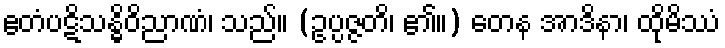
ဧတံပဋိသန္ဓိဝိညာဏံ၊ သည်။ (ဥပ္ပဇ္ဇတိ၊ ၏။) တေန အာဒိနာ၊ ထိုမိဿံ